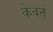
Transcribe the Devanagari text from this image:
केवर्त